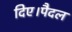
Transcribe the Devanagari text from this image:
दिए।पैदल